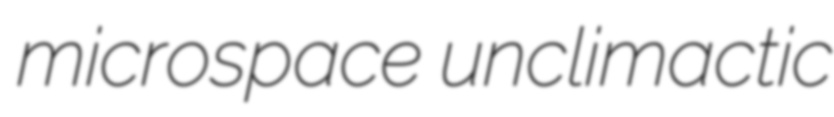
microspace unclimactic